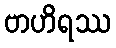
ဗာဟိရဿ